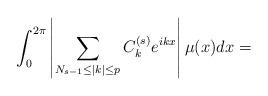
LaTeX: \begin{align*}\int_0^{2\pi} \left| \sum_{N_{s-1}\leq |k|\leq p}C_k^{(s)}e^{ikx} \right| \mu(x) dx=\end{align*}